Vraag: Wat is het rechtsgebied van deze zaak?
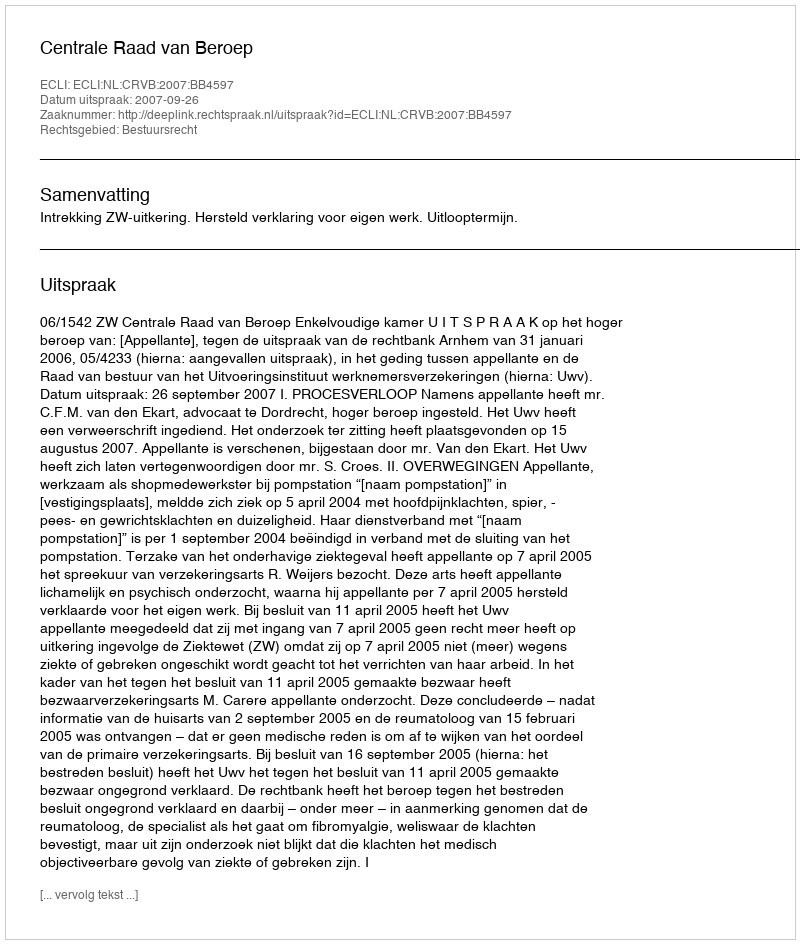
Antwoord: Bestuursrecht